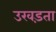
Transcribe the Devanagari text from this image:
उखड़ता